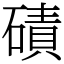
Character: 磧